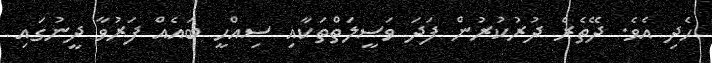
ހެދި އެވެ. ދޭތެރެ ދުރުކުރުން ފަދަ ވަސީލަތްތަކާއި ސިއްހީ ބައެއް ފަރުވާ ދީނުގައި